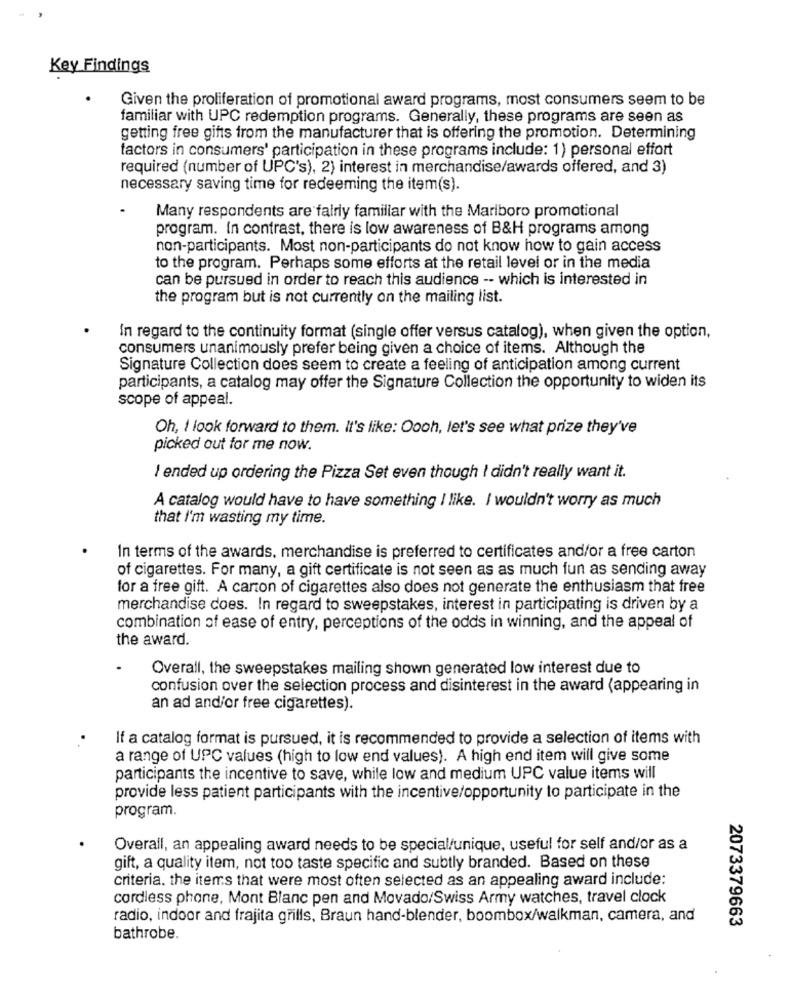
Key Findings
Given the proliferation of promotional award programs, most consumers seem to be
familiar with UPC redemption programs. Generally, these programs are seen as
getting free gifts from the manufacturer that is offering the promotion. Determining
factors in consumers' participation in these programs include: 1) personal effort
required (number of UPC's), 2) interest in merchandise/awards offered, and 3)
necessary saving time for redeeming the item(s).
Many respondents are fairly familiar with the Marlboro promotional
program. In contrast, there is low awareness of B&H programs among
non-participants. Most non-participants do not know how to gain access
to the program. Perhaps some efforts at the retail level or in the media
can be pursued in order to reach this audience -- which is interested in
the program but is not currently on the mailing list.
In regard to the continuity format (single offer versus catalog), when given the option,
consumers unanimously prefer being given a choice of items. Although the
Signature Collection does seem to create a feeling of anticipation among current
participants, a catalog may offer the Signature Collection the opportunity to widen its
scope of appeal.
Oh, I look forward to them. It's like: Oooh, let's see what prize they've
picked out for me now.
I ended up ordering the Pizza Set even though I didn't really want it.
A catalog would have to have something I like. I wouldn't worry as much
that I'm wasting my time.
In terms of the awards, merchandise is preferred to certificates and/or a free carton
of cigarettes. For many, a gift certificate is not seen as as much fun as sending away
for a free gift. A carton of cigarettes also does not generate the enthusiasm that free
merchandise does. In regard to sweepstakes, interest in participating is driven by a
combination of ease of entry, perceptions of the odds in winning, and the appeal of
the award.
Overall, the sweepstakes mailing shown generated low interest due to
confusion over the selection process and disinterest in the award (appearing in
an ad and/or free cigarettes).
If a catalog format is pursued, it is recommended to provide a selection of items with
a range of UPC values (high to low end values). A high end item will give some
participants the incentive to save, while low and medium UPC value items will
provide less patient participants with the incentive/opportunity to participate in the
program.
Overall, an appealing award needs to be special/unique, useful for self and/or as a
gift, a quality item, not too taste specific and subtly branded. Based on these
criteria. the items that were most often selected as an appealing award include:
cordless phone, Mont Blanc pen and Movado/Swiss Army watches, travel clock
radio, indoor and frajita grills, Braun hand-blender, boombox/walkman, camera, and
2073379663
bathrobe.